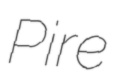
Pire